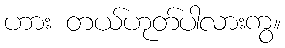
ဟား တယ်ဟုတ်ပါလားကွ။